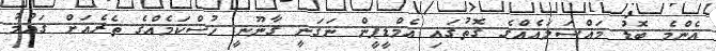
އެންމެ ބޮޑު މައްސަލައެއްގެ ގޮތުގައި އެމްޑީޕީން ނަގަނީ ގާނޫނީ ހުސްކަމެއްގެ ތެރެއަށް ގައުމު